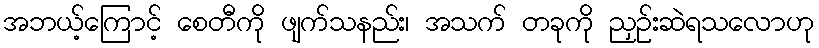
အဘယ့်ကြောင့် စေတီကို ဖျက်သနည်း၊ အသက် တခုကို ညှဉ်းဆဲရသလောဟု